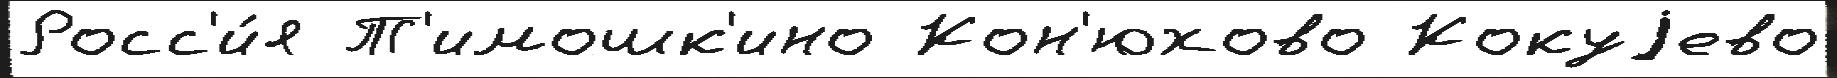
Росс'и́я Т'имошк'ино Кон'юхово Кокуjево